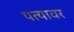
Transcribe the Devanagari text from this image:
पत्‍यावर